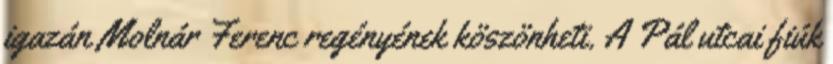
igazán Molnár Ferenc regényének köszönheti. A Pál utcai fiúk